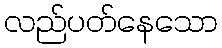
လည်ပတ်နေသော